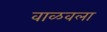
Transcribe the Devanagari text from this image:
वाळवला